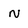
Character: n